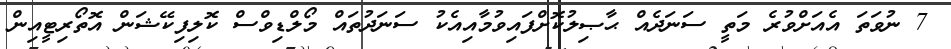
7 ނުވަތަ އެއަށްވުރެ މަތީ ސަނަދެއް ޙާޞިލުކޮށްފައިވުމާއިއެކު ސަނަދުތައް މޯލްޑިވްސް ކޮލިފިކޭޝަން އޮތޯރިޓީއިން